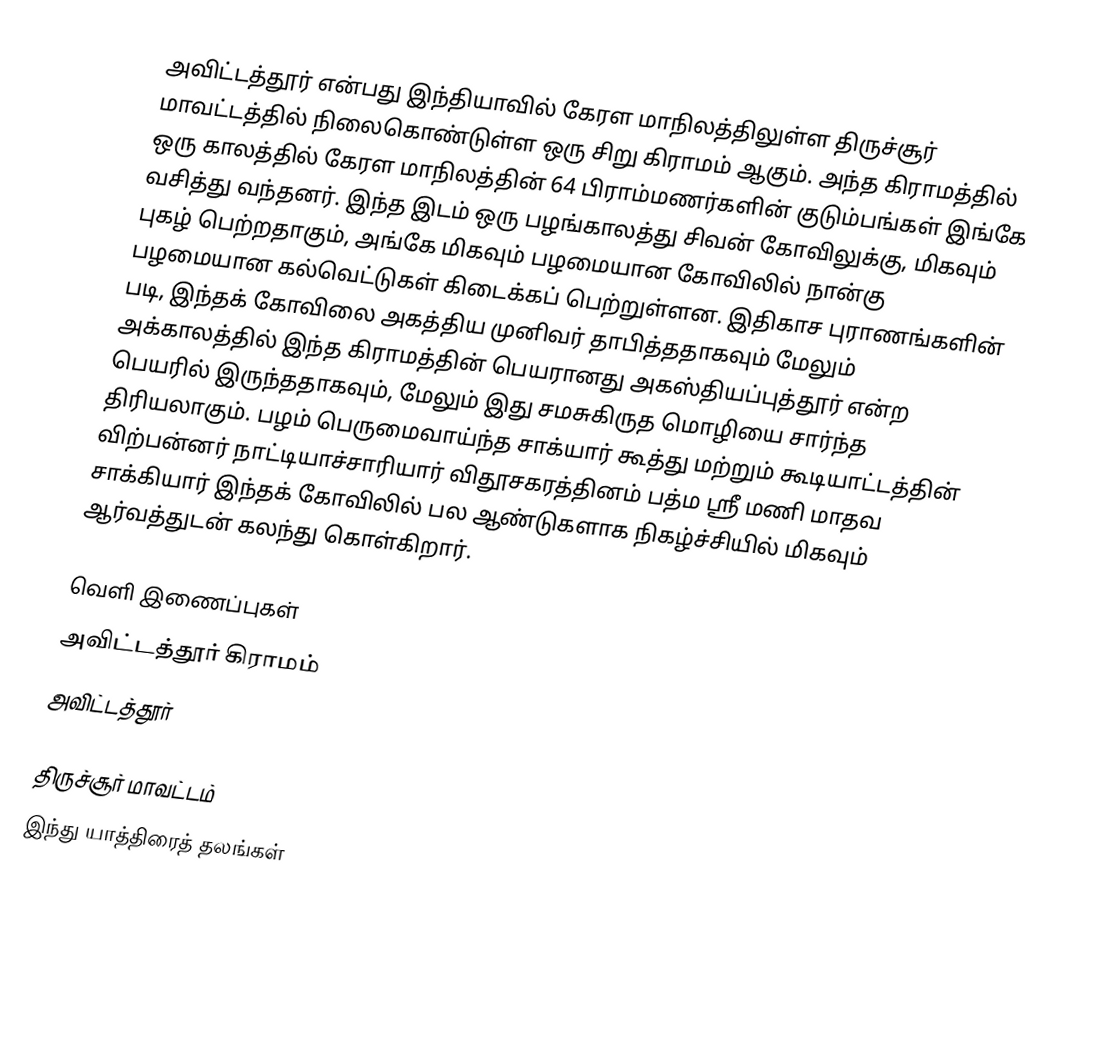
அவிட்டத்தூர் என்பது இந்தியாவில் கேரள மாநிலத்திலுள்ள திருச்சூர் மாவட்டத்தில் நிலைகொண்டுள்ள ஒரு சிறு கிராமம் ஆகும். அந்த கிராமத்தில் ஒரு காலத்தில் கேரள மாநிலத்தின் 64 பிராம்மணர்களின் குடும்பங்கள் இங்கே வசித்து வந்தனர். இந்த இடம் ஒரு பழங்காலத்து சிவன் கோவிலுக்கு, மிகவும் புகழ் பெற்றதாகும், அங்கே மிகவும் பழமையான கோவிலில் நான்கு பழமையான கல்வெட்டுகள் கிடைக்கப் பெற்றுள்ளன. இதிகாச புராணங்களின் படி, இந்தக் கோவிலை அகத்திய முனிவர் தாபித்ததாகவும் மேலும் அக்காலத்தில் இந்த கிராமத்தின் பெயரானது அகஸ்தியப்புத்தூர் என்ற பெயரில் இருந்ததாகவும், மேலும் இது சமசுகிருத மொழியை சார்ந்த திரியலாகும். பழம் பெருமைவாய்ந்த சாக்யார் கூத்து மற்றும் கூடியாட்டத்தின் விற்பன்னர் நாட்டியாச்சாரியார் விதூசகரத்தினம் பத்ம ஸ்ரீ மணி மாதவ சாக்கியார் இந்தக் கோவிலில் பல ஆண்டுகளாக நிகழ்ச்சியில் மிகவும் ஆர்வத்துடன் கலந்து கொள்கிறார்.

வெளி இணைப்புகள்
 அவிட்டத்தூர் கிராமம்
 அவிட்டத்தூர்

திருச்சூர் மாவட்டம்
இந்து யாத்திரைத் தலங்கள்